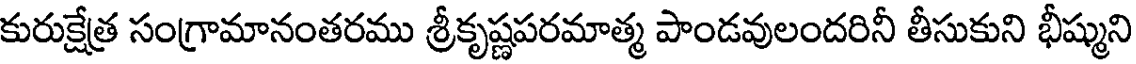
కురుక్షేత్ర సంగ్రామానంతరము శ్రీకృష్ణపరమాత్మ పాండవులందరినీ తీసుకుని భీష్ముని